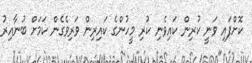
ކޮށްފައި ވަނީ ކުރިން ކައިވެނި ކުރި މީހުންގެ ކައިރިން ވަރިވެގެން ކަމަށް ބުނާއިރު